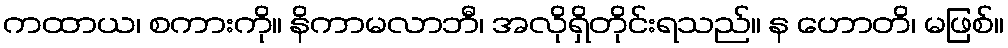
ကထာယ၊ စကားကို။ နိကာမလာဘီ၊ အလိုရှိတိုင်းရသည်။ န ဟောတိ၊ မဖြစ်။